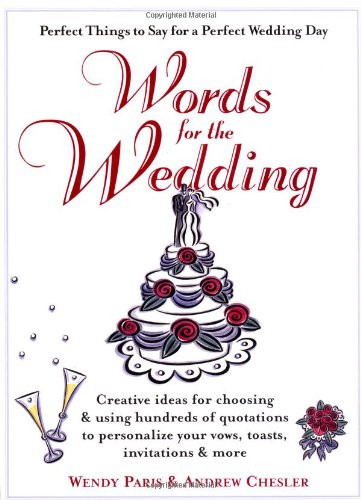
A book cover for Words for the Wedding: Creative Ideas for Choosing and Using Hundreds of Quotations to Personalize Your Vows, Toasts, Invitations and More; Wendy Paris; Crafts, Hobbies & Home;